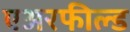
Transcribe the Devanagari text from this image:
एअरफील्ड